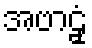
အဗာဠှံ